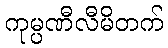
ကုမ္ပဏီလီမိတက်